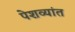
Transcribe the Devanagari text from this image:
पेशव्यांत